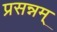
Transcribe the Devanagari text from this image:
प्रसन्नम्